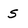
Character: s